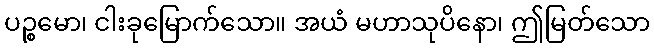
ပဉ္စမော၊ ငါးခုမြောက်သော။ အယံ မဟာသုပိနော၊ ဤမြတ်သော